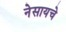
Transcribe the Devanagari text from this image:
नेसायचे